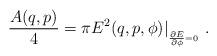
LaTeX: \begin{align*}{A(q,p) \over 4} = \pi E^2 (q,p,\phi)\vert _{\phantom{}_{{\partial E \over\partial \phi}=0} } \ .\end{align*}